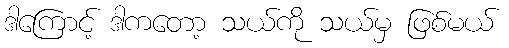
ဒါကြောင့် ဒါကတော့ သယ်ကို သယ်မှ ဖြစ်မယ်